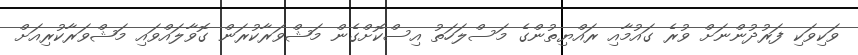
ވަކިވަކި ފަރުދުންނަށް ވުރެ ގައުމާއި ރައްޔިތުންގެ މަސްލަހަތު އިސްކޮށްގެން މަޝްވަރާކުރަން ގޮވާލައްވައި މަޝްވަރާކުރިއަށް